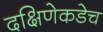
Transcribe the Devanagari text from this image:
दक्षिणेकडेच